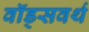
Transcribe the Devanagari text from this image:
वॉड्सवर्थ